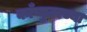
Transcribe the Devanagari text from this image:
काँप्युटरच्या